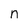
Character: n